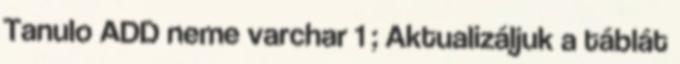
Tanulo ADD neme varchar 1 ; Aktualizáljuk a táblát